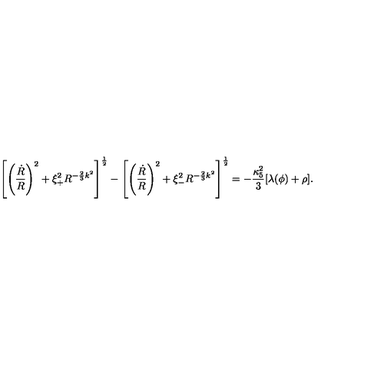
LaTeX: \left[ \left( { \frac { \dot { R } } { R } } \right) ^ { 2 } + \xi _ { + } ^ { 2 } R ^ { - { \frac { 2 } { 3 } } k ^ { 2 } } \right] ^ { \frac { 1 } { 2 } } - \left[ \left( { \frac { \dot { R } } { R } } \right) ^ { 2 } + \xi _ { - } ^ { 2 } R ^ { - { \frac { 2 } { 3 } } k ^ { 2 } } \right] ^ { \frac { 1 } { 2 } } = - { \frac { \kappa _ { 5 } ^ { 2 } } { 3 } } [ \lambda ( \phi ) + \rho ] .